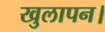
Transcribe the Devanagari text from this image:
खुलापन।